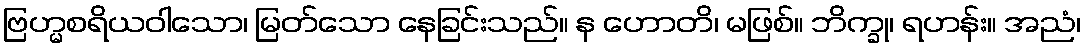
ဗြဟ္မစရိယဝါသော၊ မြတ်သော နေခြင်းသည်။ န ဟောတိ၊ မဖြစ်။ ဘိက္ခု၊ ရဟန်း။ အညံ၊